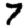
Digit: 7